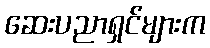
ဆေးပညာရှင်များက